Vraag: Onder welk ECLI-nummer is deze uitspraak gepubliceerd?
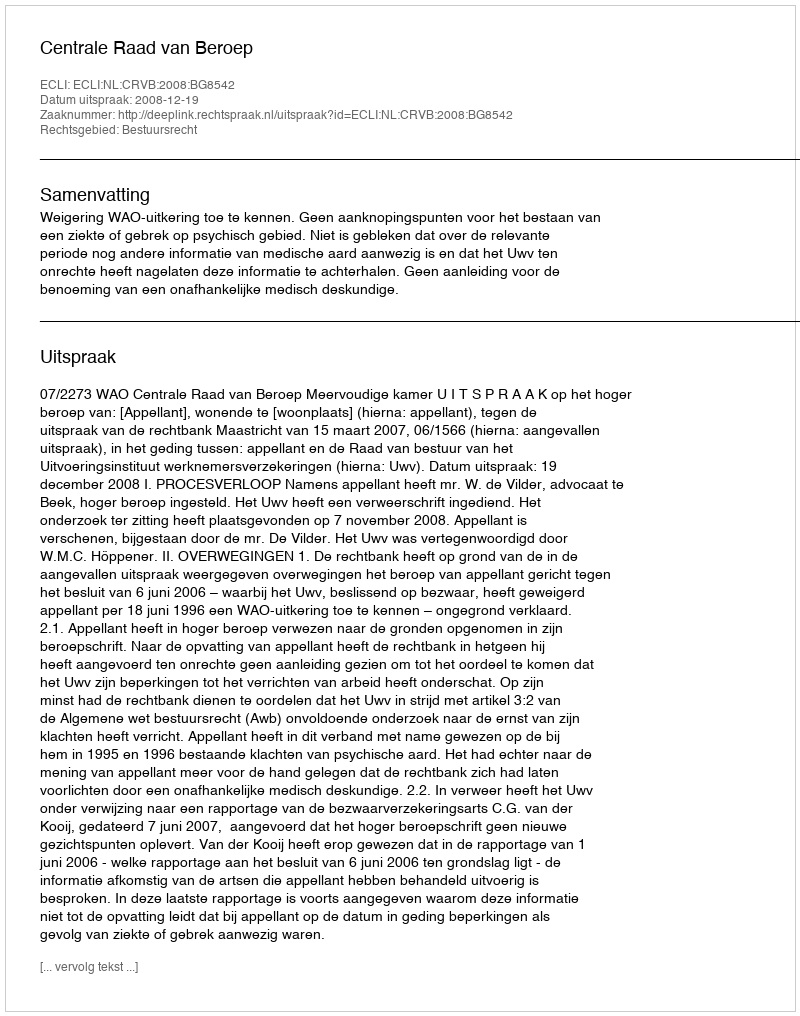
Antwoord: ECLI:NL:CRVB:2008:BG8542